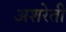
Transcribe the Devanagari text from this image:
अशरेती